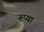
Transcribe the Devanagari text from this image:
रूप्या